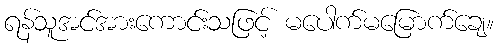
ရန်သူအင်အားကောင်းသဖြင့် မပေါက်မမြောက်ချေ။